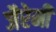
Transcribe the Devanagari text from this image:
जैरेमी